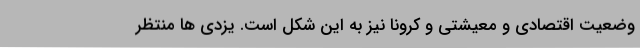
وضعیت اقتصادی و معیشتی و کرونا نیز به این شکل است. یزدی ها منتظر